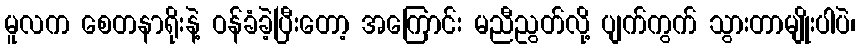
မူလက စေတနာရိုးနဲ့ ဝန်ခံခဲ့ပြီးတော့ အကြောင်း မညီညွတ်လို့ ပျက်ကွက် သွားတာမျိုးပါပဲ၊